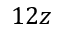
1 2 z